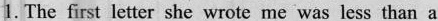
1. The first letter she wrote me was less than a